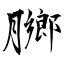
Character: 膷